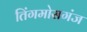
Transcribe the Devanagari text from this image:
तिंगमोसगंज